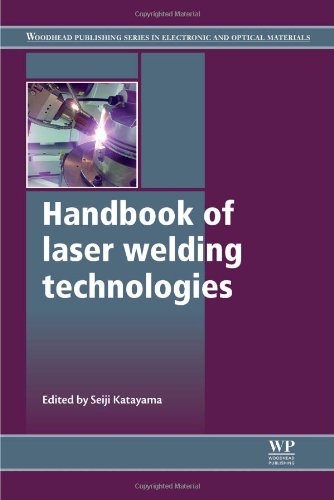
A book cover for Handbook of Laser Welding Technologies (Woodhead Publishing Series in Electronic and Optical Materials); Science & Math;